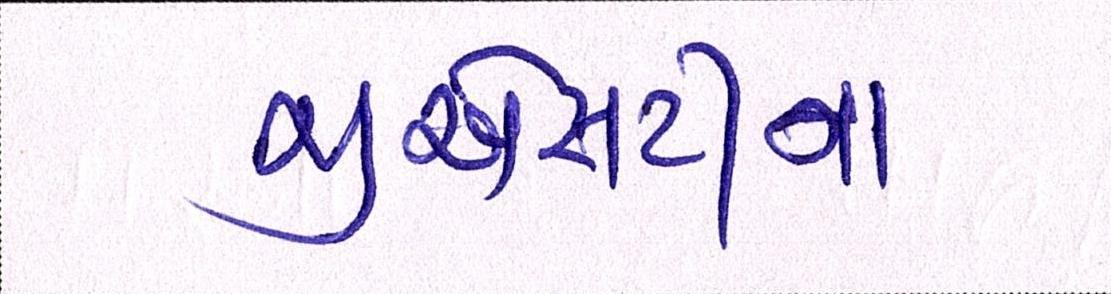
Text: જીએસટીના